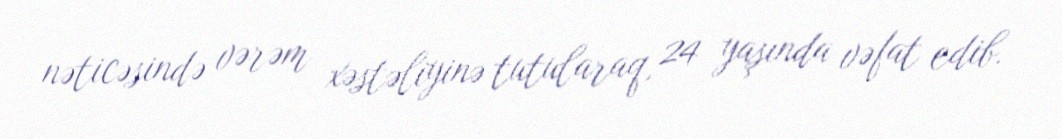
nəticəsində vərəm xəstəliyinə tutularaq, 24 yaşında vəfat edib.